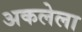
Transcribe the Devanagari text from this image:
अकलेला